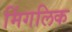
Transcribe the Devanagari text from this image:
मिंगलिक